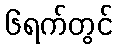
၆ရက်တွင်